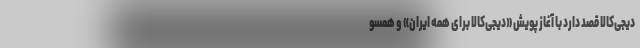
دیجی‌کالا قصد دارد با آغاز پویش «دیجی‌کالا برای همه ایران» و همسو